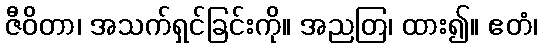
ဇီဝိတာ၊ အသက်ရှင်ခြင်းကို။ အညတြ၊ ထား၍။ ဧတံ၊